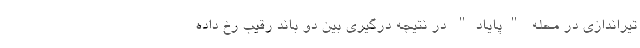
تیراندازی در محله "پایاد" در نتیجه درگیری بین دو باند رقیب رخ داده